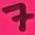
Text: 7